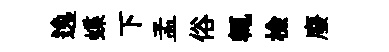
逸蝶下孟俗輒檢廢